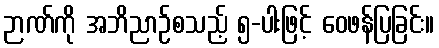
ဉာဏ်ကို အဘိညာဉ်စသည့် ၅-ပါးဖြင့် ဝေဖန်ပြခြင်း။